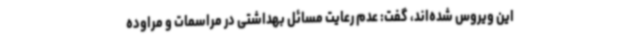
این ویروس شده‌اند، گفت: عدم رعایت مسائل بهداشتی در مراسمات و مراوده